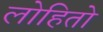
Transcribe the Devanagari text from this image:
लोहितो